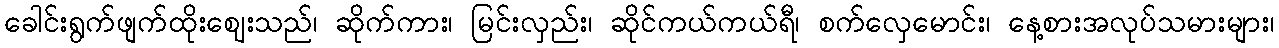
ခေါင်းရွက်ဖျက်ထိုးဈေးသည်၊ ဆိုက်ကား၊ မြင်းလှည်း၊ ဆိုင်ကယ်ကယ်ရီ၊ စက်လှေမောင်း၊ နေ့စားအလုပ်သမားများ၊